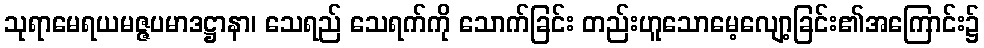
သုရာမေရယမဇ္ဇပမာဒဋ္ဌာနာ၊ သေရည် သေရက်ကို သောက်ခြင်း တည်းဟူသောမေ့လျော့ခြင်း၏အကြောင်း၌